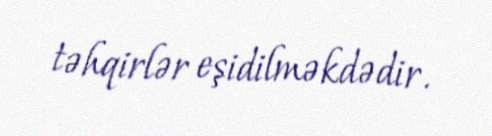
təhqirlər eşidilməkdədir.